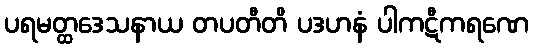
ပရမတ္ထဒေသနာယ တပတီတိ ပဒဟနံ ပါကဋီကရဏေ